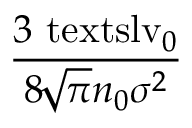
\displaystyle \frac { 3 \ensuremath { \mathrm { \ t e x t s l { v } } _ { 0 } } } { 8 \! \sqrt { \pi } n _ { 0 } \sigma ^ { 2 } }